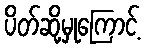
ပိတ်ဆို့မှုကြောင့်